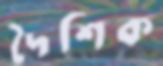
দৈশিক